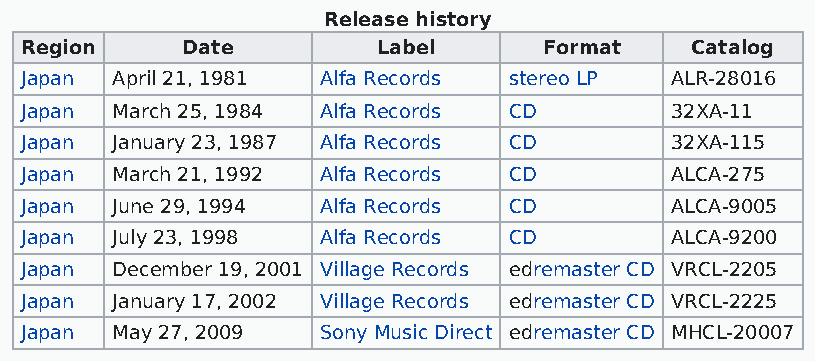
Release history
 Region     Date         Label      Format    Catalog
 Japan April 21, 1981 Alfa Records stereo LP ALR-28016
 Japan March 25, 1984 Alfa Records CD       32XA-11
 Japan January 23, 1987 Alfa Records CD     32XA-115
 Japan March 21, 1992 Alfa Records CD       ALCA-275
 Japan June 29, 1994 Alfa Records CD        ALCA-9005
 Japan July 23, 1998 Alfa Records CD        ALCA-9200
 Japan December 19, 2001 Village Records edremaster CD VRCL-2205
 Japan January 17, 2002 Village Records edremaster CD VRCL-2225
 Japan May 27, 2009  Sony Music Direct edremaster CD MHCL-20007